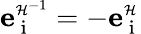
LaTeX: {\mathbf e}_{\mathrm{~i~}}^{\scriptscriptstyle\mathcal{H}^{-1}}=-{\mathbf e}_{\mathrm{~i~}}^{\scriptscriptstyle\mathcal{H}}